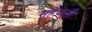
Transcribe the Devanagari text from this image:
सहेजती